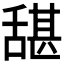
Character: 𮍺